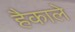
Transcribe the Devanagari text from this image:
हैकाले